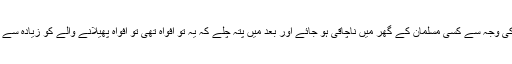
یعنی اگر کسی کی افواہ یا باتوں کی وجہ سے کسی مسلمان کے گھر میں ناچاقی ہو جائے اور بعد میں پتہ چلے کہ یہ تو افواہ تھی تو افواہ پھیلانے والے کو زیادہ سے زیادہ سزا بھی دی جا سکتی ہے۔